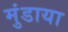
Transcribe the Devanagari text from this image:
मुंडाया